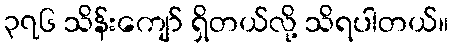
၃၇၆ သိန်းကျော် ရှိတယ်လို့ သိရပါတယ်။